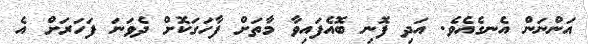
އަންނަން އެނގެއެވެ. އަދި ފޮނި ބޮއެފައިވާ މާތަށް ފާހަގަކޮށް ދެވަނަ ފަހަރަށް އެ